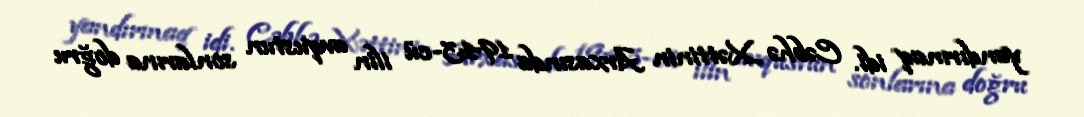
yandırmaq idi. Cəbhə Xəttinin Arxasında 1943-cü ilin avqustun sonlarına doğru